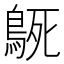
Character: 𮬳